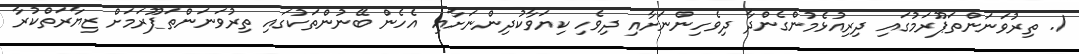
1. ތިރުވަނަންތަޕޫރަމުގައި ދިރިއުޅެމުންގެންދާ ދިވެހިންނަށާއި ދިވެހި ކިޔަވާކުދިންނަށާއި އެހެން ބޭނުންތަކުގައި ތިރުވަނަންތަޕޫރަމަށް ޒިޔާރަތްކުރާ